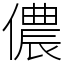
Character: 儂